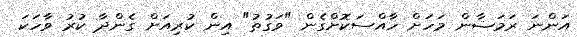
އަންނަ ރަމަޟާން މަހަށް ހާއްސަކޮށްގެން "ވަގުތު" އިން ކުރިއަށް ގެންދާ ކުރު ވާހަކަ